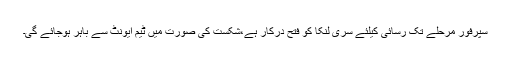
سپرفور مرحلے تک رسائی کیلئے سری لنکا کو فتح درکار ہے،شکست کی صورت میں ٹیم ایونٹ سے باہر ہوجائے گی۔